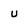
Character: u